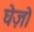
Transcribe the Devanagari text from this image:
घेज़ो